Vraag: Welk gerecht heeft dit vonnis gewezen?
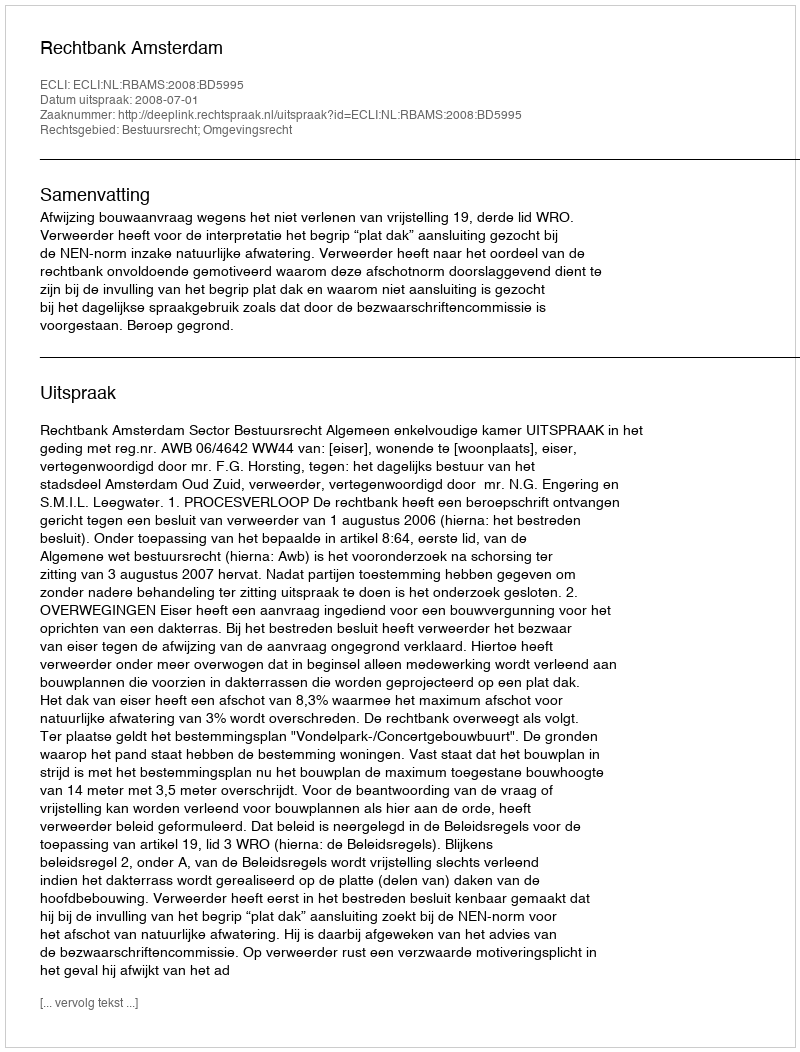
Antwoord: Rechtbank Amsterdam